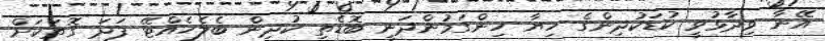
އޭނާ ވިދާޅުވީ ކުޑަކުދިންގެ ހިޔާ ހިންގަމުންދަނީ ބޮޑެތި ކުދިން ބެލެހެއްޓޭ ފަދަ ގޮތަކަށް